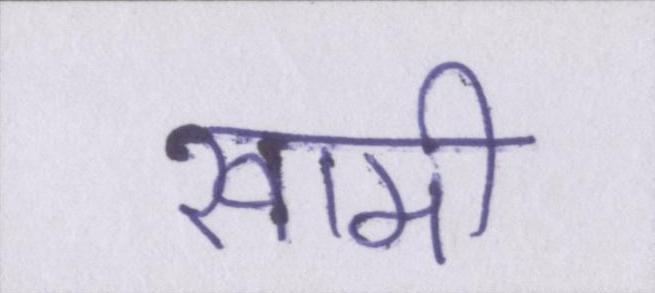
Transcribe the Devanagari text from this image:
खामी